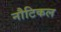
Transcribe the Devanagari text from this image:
नौटिकल